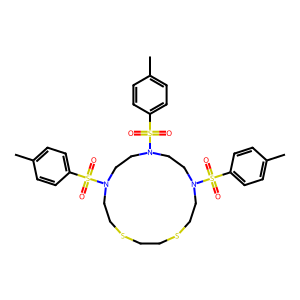
SMILES: Cc1ccc(S(=O)(=O)N2CCSCCSCCN(S(=O)(=O)c3ccc(C)cc3)CCN(S(=O)(=O)c3ccc(C)cc3)CC2)cc1
Inhibits HIV replication: No